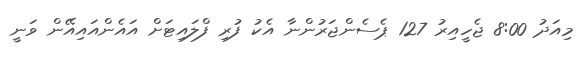
މިއަދު 8:00 ޖެހީއިރު 127 ޕެސެންޖަރުންނާ އެކު ފުރި ފްލައިޓަށް އައެންއައިއޭން ވަނީ